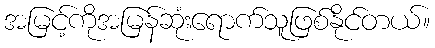
အမြင့်ကိုအမြန်ဆုံးရောက်သူဖြစ်နိုင်တယ်။